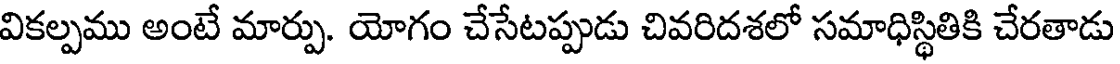
వికల్పము అంటే మార్పు. యోగం చేసేటప్పుడు చివరిదశలో సమాధిస్థితికి చేరతాడు